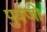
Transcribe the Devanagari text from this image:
पुर्वजो